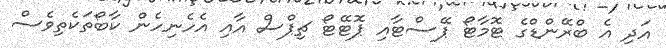
އަދި އެ ބްރޭންޑްގެ ޓޮމާޓޯ ޕޭސްޓާއި ޕޮޓޭޓޯ ޗިޕްސް އާއި އެހެނިހެން ކާބޯތަކެތިވެސް